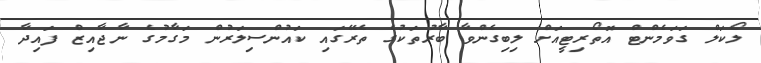
ލޯކަލް ގަވަމެންޓް އޮތޯރިޓީއަށް ލިބިގެންވާ ބާރުތަކުގެ ތެރޭގައި ކައުންސިލަރުން މަގާމުގެ ނާޖާއިޒް ފައިދާ